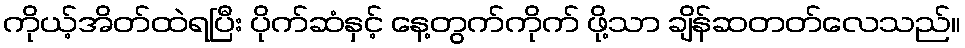
ကိုယ့်အိတ်ထဲရပြီး ပိုက်ဆံနှင့် နေ့တွက်ကိုက် ဖို့သာ ချိန်ဆတတ်လေသည်။